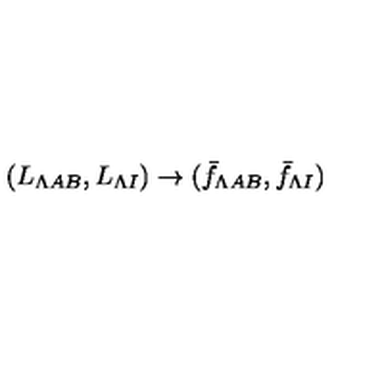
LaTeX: ( L _ { \Lambda A B } , L _ { \Lambda I } ) \to ( \bar { f } _ { \Lambda A B } , \bar { f } _ { \Lambda I } )